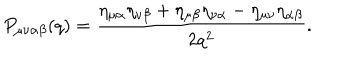
LaTeX: P _ { \mu \nu \alpha \beta } ( q ) = \frac { \eta _ { \mu \alpha } \eta _ { \nu \beta } + \eta _ { \mu \beta } \eta _ { \nu \alpha } - \eta _ { \mu \nu } \eta _ { \alpha \beta } } { 2 q ^ { 2 } } .